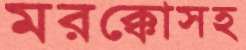
মরক্কোসহ